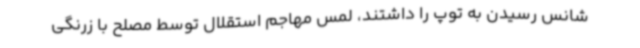
شانس رسیدن به توپ را داشتند، لمس مهاجم استقلال توسط مصلح با زرنگی